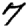
Digit: 7